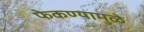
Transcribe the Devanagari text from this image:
फेकण्यामुळे